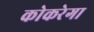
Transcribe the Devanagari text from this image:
कोकरेगा